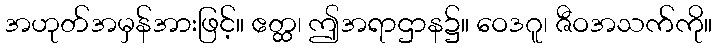
အဟုတ်အမှန်အားဖြင့်။ ဧတ္ထ၊ ဤအရာဌာန၌။ ဝေဒဂူ၊ ဇီဝအသက်ကို။